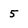
Character: 5